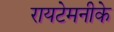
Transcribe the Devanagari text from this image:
रायटेमनीके